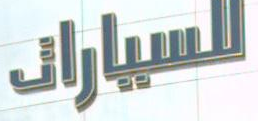
للسيارات